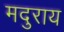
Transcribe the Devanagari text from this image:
मदुराय